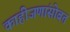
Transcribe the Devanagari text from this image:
काहीजणांसोबत